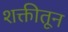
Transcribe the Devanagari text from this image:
शक्तीतून